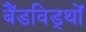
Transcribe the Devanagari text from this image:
बैंडविड्थों